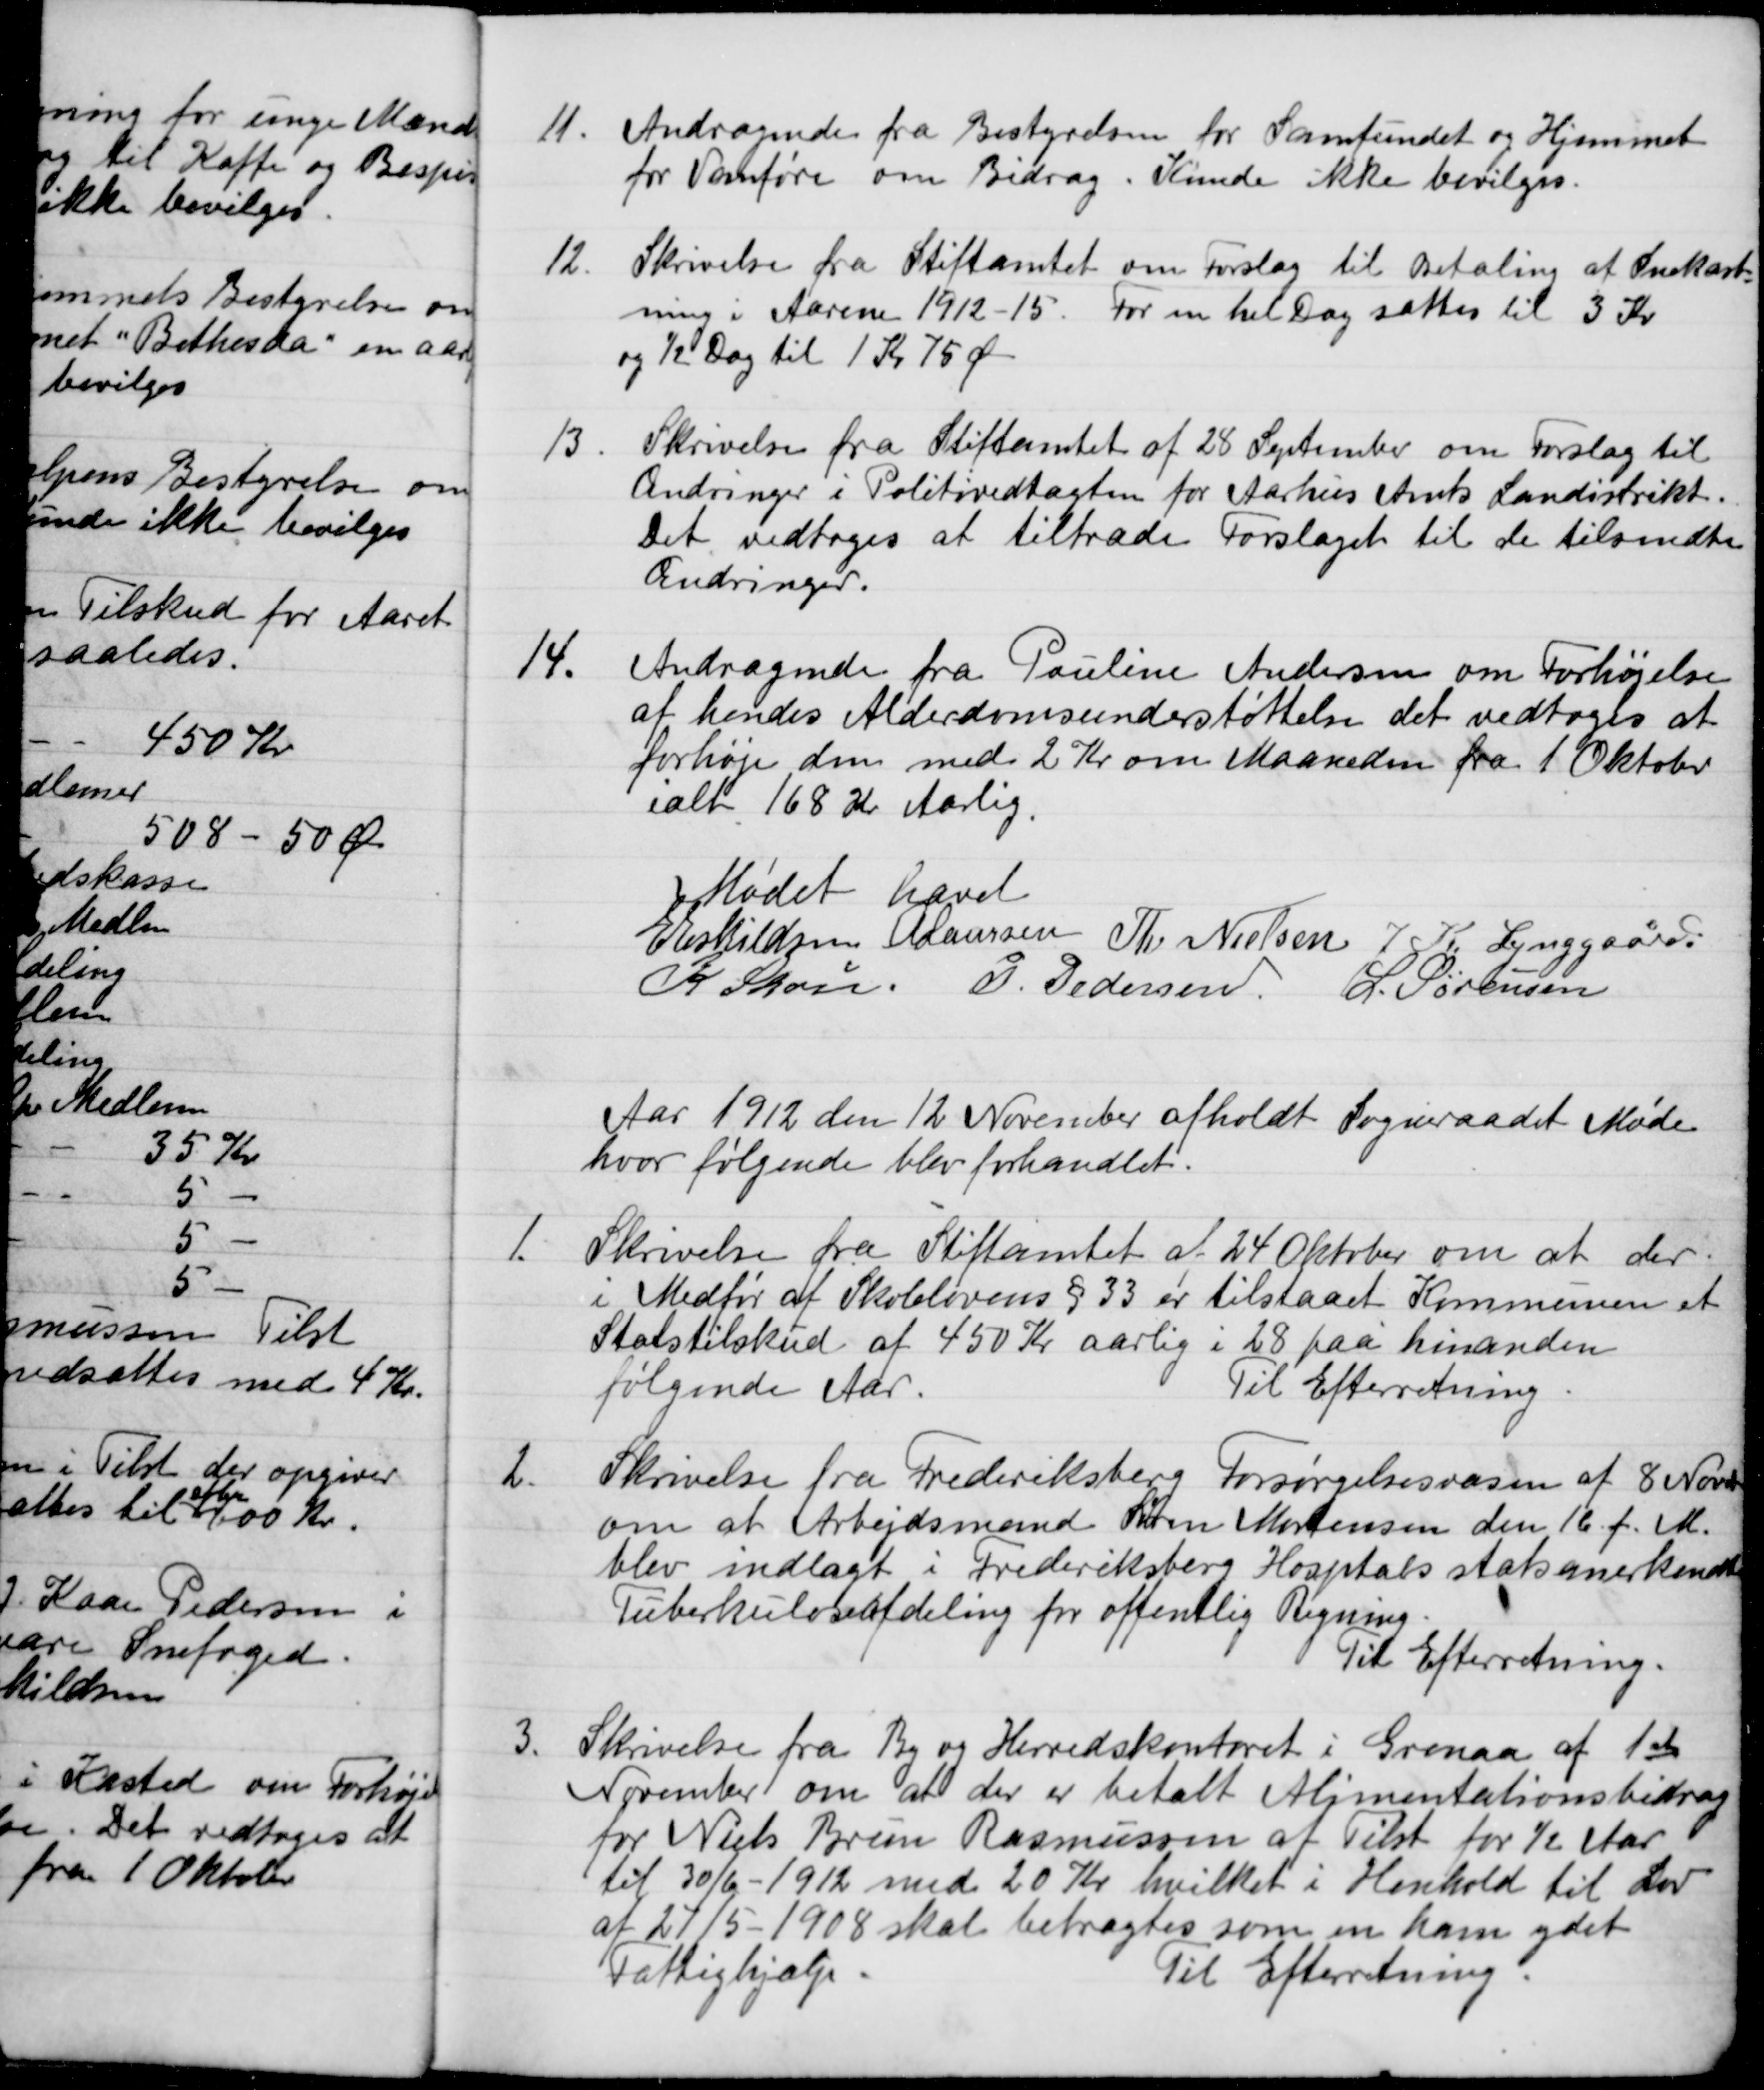
Transskription:
11.
Andragende fra Bestyrelsen for Samfundet og Hjemmet
for Vanføre om Bidrag. Kunde ikke bevilges.
12.
Skrivelse fra Stiftamtet om Forslag til Betaling af Snekast-
ning i Aarene 1912-15. For en hel Dag sættes til 3 Kr
og ½ Dag til 1 Kr 75 Øre
13
Skrivelse fra Stiftamtet af 28 September om Forslag til
Ændringer i Politivedtægten for Aarhus Amts Landistrikt.
Det vedtoges at tiltræde Forslaget til de tilsendte
Ændringer.
14.
Andragende fra Pauline Andersen om Forhøjelse
at hendes Alderdomsunderstøttelse det vedtoges at
forhøje den med 2 Kr om Maaneden fra 1 Oktober
ialt 168 Kr Aarlig
Mødet hævet
 E Eskildsen
A Laursen
Th. Nielsen
J. K. Lynggaard.
K Skou
P. Pedersen
L. Sørensen
Aar 1912 den 12 November afholdt Sogneraadet Møde
hvor følgende blev forhandlet.
1.
Skrivelse fra Stiftamtet af 24 Oktober om at der
i Medfør af Skolelovens § 33 er tilstaaet Kommunen et
Statstilskud af 450 Kr aarlig i 28 paa hinanden
følgende Aar.
Til Efterretning.
2.
Skrivelse fra Frederiksberg Forsørgelsesvæsen af 8 Novbr
om at Arbejdsmand Søren Mortensen den 16 f. M.
blev indlagt i Frederiksberg Hospitals statsanerkendte
Tuberkuloseafdeling for offentlig Regning.
Til Efterretning.
3.
Skrivelse fra By og Herredskontoret i Grenaa af 1ste
November om at der er betalt Alimentationsbidrag
for Niels Brun Rasmussen at Tilst for ½ Aar
til 30/6 -1912 med 20 Kr hvilket i Henhold til Lov
af 27/5 -1908 skal betragtes som en ham ydet 
Fattighjælp.
Til Efterretning.